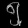
Digit: ၅